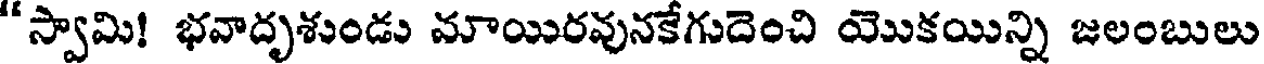
"స్వామి! భవాదృశుండు మాయిరవునకేగుదెంచి యొకయిన్ని జలంబులు